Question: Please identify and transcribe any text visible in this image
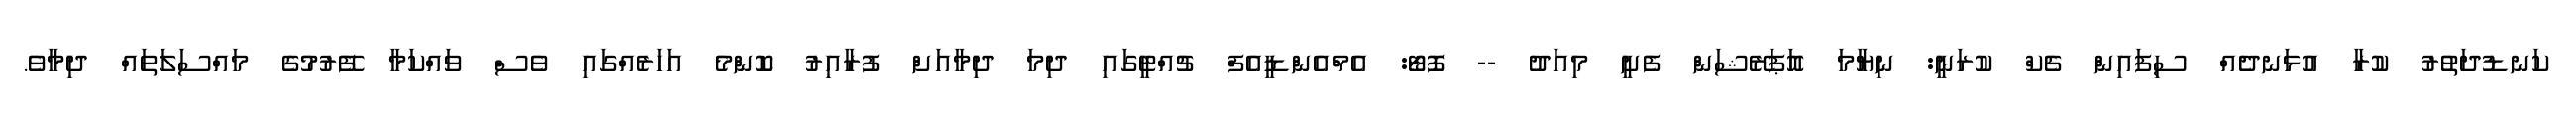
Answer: ކަނޑުދަތުރު ކުރާ އުޅަނދެއް ސިފައިން ޗެކް ކުރަނީ: ނިޔާމަ އޮަޕަރޭޝަން ފެށީ މިއަދު -- ފޮޓޯ: އެމްއެންޑީއެފް ޗުއްޓީގައި ދިމަ ދިމާއަށް ފުރާއިރު ކޮންމެ އަހަރެއްގައި ވެސް ވައްކަމާ ފޭރުމުގެ މައްސަލަތައް ދިމާވެ.